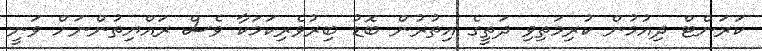
ކަރަންޓް ދިއުމުން ކުރިމަތިވި ދަތީގެ އިތުރުން ބޮޑު ބިރުވެރިކަމަކާ ވެސް ރައްޔިތުންނަށް ވަނީ